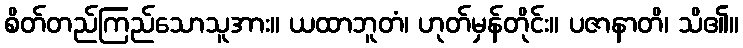
စိတ်တည်ကြည်သောသူအား။ ယထာဘူတံ၊ ဟုတ်မှန်တိုင်း။ ပဇာနာတိ၊ သိ၏။